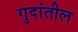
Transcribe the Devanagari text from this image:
गुदांतील